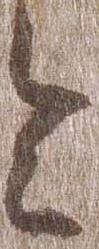
令